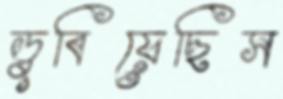
ডুবিয়েছিস